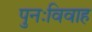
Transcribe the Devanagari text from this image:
पुनःविवाह